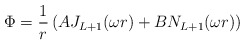
\begin{align*}\Phi = \frac{1}{r}\left(AJ_{L+1} (\omega r) + B N_{L+1}(\omega r)\right) \end{align*}